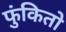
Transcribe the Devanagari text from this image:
फुंकितो